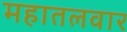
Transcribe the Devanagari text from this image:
महातलवार